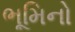
ભૂમિનો